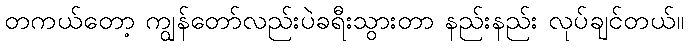
တကယ်တော့ ကျွန်တော်လည်းပဲခရီးသွားတာ နည်းနည်း လုပ်ချင်တယ်။